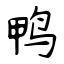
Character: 鸭